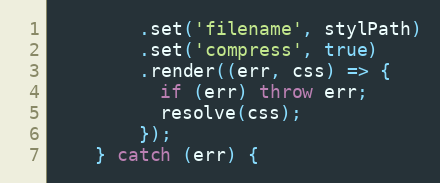
Language: JavaScript
        .set('filename', stylPath)
        .set('compress', true)
        .render((err, css) => {
          if (err) throw err;
          resolve(css);
        });
    } catch (err) {